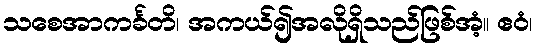
သစေအာကင်္ခတိ၊ အကယ်၍အလိုရှိသည်ဖြစ်အံ့။ ဧဝံ၊